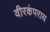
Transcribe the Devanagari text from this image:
वीरकंपराय